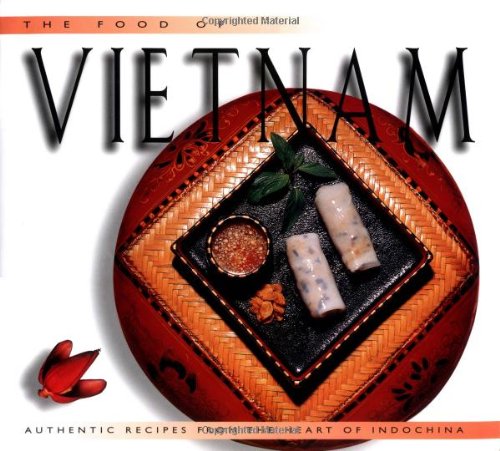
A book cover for The Food of Vietnam: Authentic Recipes from the Heart of Indochina; Trieu Thi Choi; Cookbooks, Food & Wine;